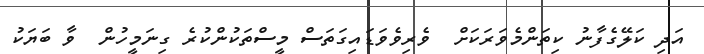
އަދި ކަލޭގެފާނު ކިތަންމެވަރަކަށް  ވެރިވެވަޑައިގަތަސް މީސްތަކުންކުރެ ގިނަމީހުން  ވާ ބަޔަކު